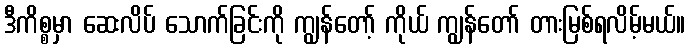
ဒီကိစ္စမှာ ဆေးလိပ် သောက်ခြင်းကို ကျွန်တော့် ကိုယ် ကျွန်တော် တားမြစ်ရလိမ့်မယ်။